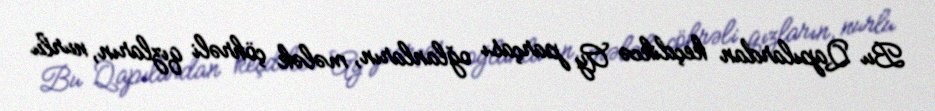
Bu Qapılardan keçdikcə Ay parçası oğlanların, mələk çöhrəli qızların, nurlu